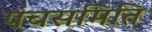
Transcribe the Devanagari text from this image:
पंचसमिति